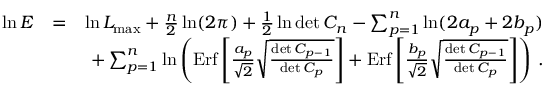
\begin{array} { r l r } { \ln E } & { = } & { \ln { \cal L } _ { \mathrm { m a x } } + { \frac { n } { 2 } } \ln ( 2 \pi ) + { \frac { 1 } { 2 } } \ln \operatorname* { d e t } C _ { n } - \sum _ { p = 1 } ^ { n } \ln ( 2 a _ { p } + 2 b _ { p } ) } \\ & { } & { \ + \sum _ { p = 1 } ^ { n } \ln \left( \mathrm { E r f } \left[ { \frac { a _ { p } } { \sqrt 2 } } \sqrt { \frac { \operatorname* { d e t } C _ { p - 1 } } { \operatorname* { d e t } C _ { p } } } \right] + \mathrm { E r f } \left[ { \frac { b _ { p } } { \sqrt 2 } } \sqrt { \frac { \operatorname* { d e t } C _ { p - 1 } } { \operatorname* { d e t } C _ { p } } } \right] \right) \, . } \end{array}